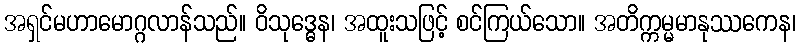
အရှင်မဟာမောဂ္ဂလာန်သည်။ ဝိသုဒ္ဓေန၊ အထူးသဖြင့် စင်ကြယ်သော။ အတိက္ကမ္မမာနုဿကေန၊